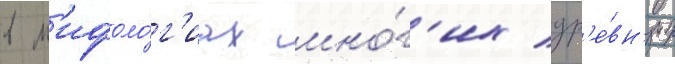
в м'ифоло́г'иах мно́г'их др'е́вн'их